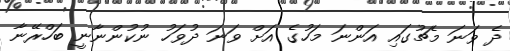
ދެ ވަނަ މެޗުގައި އަންނަ މަހުގެ އަށް ވަނަ ދުވަހު ނުކުންނާނީ ބަހްރޭނާ